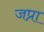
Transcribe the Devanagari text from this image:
जप्रा